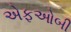
એફઓબી